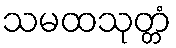
သမထသုတ္တံ